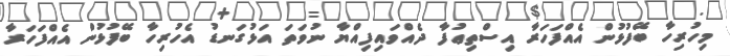
މިހުރިހާ ބޭފުޅުން އެއްފަހަރާ އިސްތިޢުފާ ދެއްވައިފިއްޔާ ނުވަތަ އަޅުގަނޑު އެހުރިހާ ބޭފުޅުން އެއްފަހަރާ